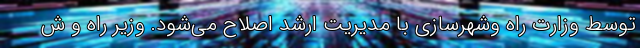
توسط وزارت راه وشهرسازی با مدیریت ارشد اصلاح می‌شود. وزیر راه و ش